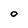
Character: 0